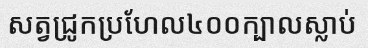
សត្វជ្រូកប្រហែល៤០០ក្បាលស្លាប់